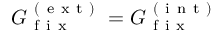
G _ { \mathrm { ~ f ~ i ~ x ~ } } ^ { \mathrm { ~ ( ~ e ~ x ~ t ~ ) ~ } } = G _ { \mathrm { ~ f ~ i ~ x ~ } } ^ { \mathrm { ~ ( ~ i ~ n ~ t ~ ) ~ } }